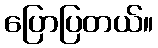
ပြောပြတယ်။